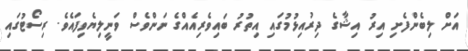
އަށް ލިބެންފެށި އިރު އިޝާގެ ދިރުއިޅުމުގައި އިތުރު ބައިވެރިއެއްގެ ނަންވެސް ވަނީލިޔެވިފައެވެ. ރިސޯޓުގައިި